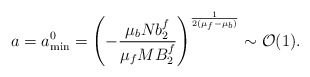
\begin{align*}a=a^0_{\rm min}=\left(-{\mu_bNb_2^f\over\mu_fMB_2^f}\right)^{1\over2(\mu_f-\mu_b)}\sim{\cal O}(1).\end{align*}